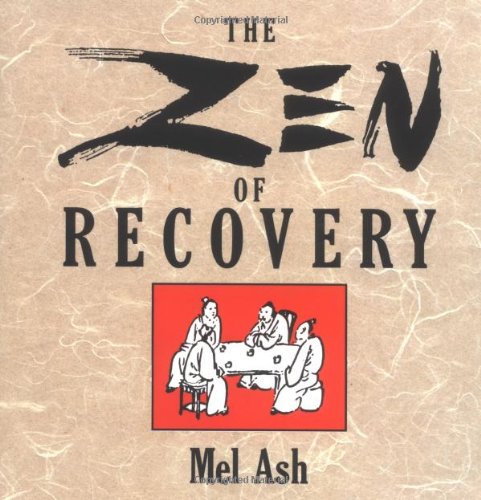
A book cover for The Zen of Recovery; Mel Ash; Self-Help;